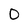
Character: 0